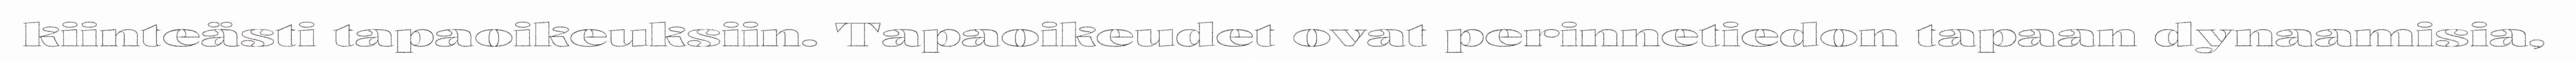
kiinteästi tapaoikeuksiin. Tapaoikeudet ovat perinnetiedon tapaan dynaamisia,